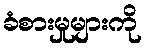
ခံစားမှုများကို